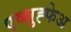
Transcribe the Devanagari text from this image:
एव्स्रुह्फेअ